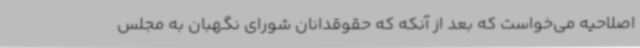
اصلاحیه می‌خواست که بعد از آنکه که حقوقدانان شورای نگهبان به مجلس